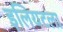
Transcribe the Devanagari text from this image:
इलियटला